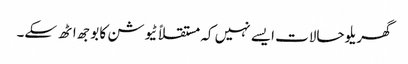
گھریلو حالات ایسے نہیں کہ مستقلاً ٹیوشن کا بوجھ اٹھ سکے۔